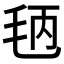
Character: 𱥞